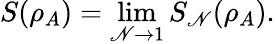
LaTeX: S(\rho_{A})=\operatorname*{lim}_{\mathscr{N}\to1}S_{\mathscr{N}}(\rho_{A}).